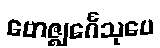
ဗောဇ္ဈင်္ဂေသုပေ